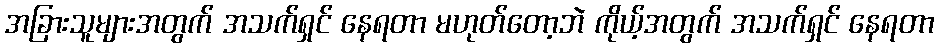
အခြားသူများအတွက် အသက်ရှင် နေရတာ မဟုတ်တော့ဘဲ ကိုယ့်အတွက် အသက်ရှင် နေရတာ